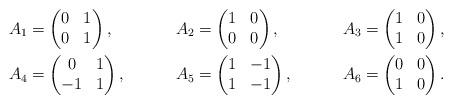
LaTeX: \begin{align*}A_1 &= \begin{pmatrix} 0 & 1 \\ 0 & 1 \end{pmatrix}, &A_2 &= \begin{pmatrix} 1 & 0 \\ 0 & 0 \end{pmatrix}, &A_3 &= \begin{pmatrix} 1 & 0 \\ 1 & 0 \end{pmatrix}, \\A_4 &= \begin{pmatrix} 0 & 1 \\ -1 & 1 \end{pmatrix}, &A_5 &= \begin{pmatrix} 1 & -1 \\ 1 & -1 \end{pmatrix}, &A_6 &= \begin{pmatrix} 0 & 0 \\ 1 & 0 \end{pmatrix}.\end{align*}